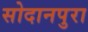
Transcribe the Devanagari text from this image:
सोदानपुरा